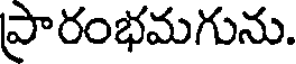
ప్రారంభమగును.